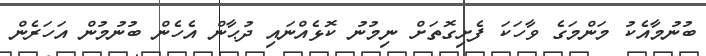
ބުނުމާއެކު މަންމަގެ ވާހަކަ ފެށިގޮތަށް ނިމުނު ކޮޅެއްނައި ދުޙާން އެހެން ބުނުމުން އަހަރެން